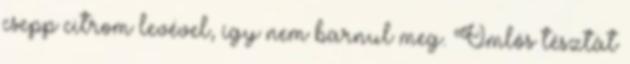
csepp citrom levével, így nem barnul meg. Omlós tésztát